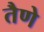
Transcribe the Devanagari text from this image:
तैणे